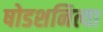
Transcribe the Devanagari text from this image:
षोडशनित्या